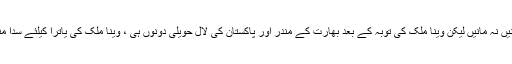
شیخ صاحب مانیں نہ مانیں لیکن وینا ملک کی توبہ کے بعد بھارت کے مندر اور پاکستان کی لال حویلی دونوں ہی ، وینا ملک کی یاترا کیلئے سدا منتظر رہیں گے۔